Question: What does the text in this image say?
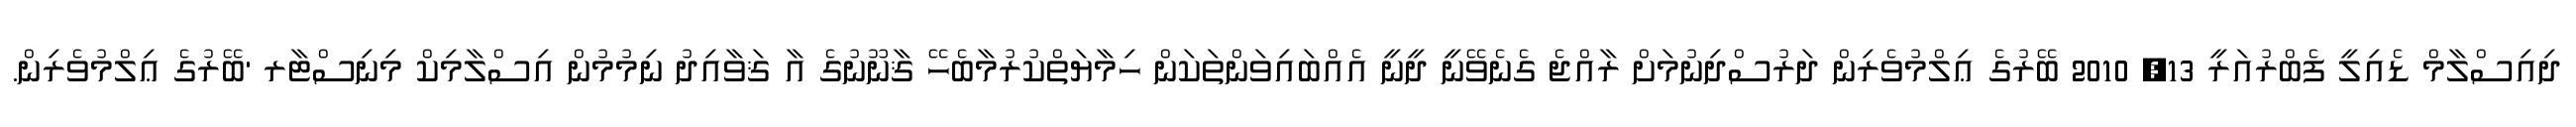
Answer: ދިއިސްލާމް ޑެއިލީ ފެބްރުއަރީ 13, 2010 ބޭރުގެ ޢިލްމުވެރިން ދަރުސްދިނުމަށް ރާއްޖެ ގެނެވޭނީ ދީނީ އެއްބައިވަންތަކަން ހިމާޔަތްކުރުމާބެހޭ ޤާނޫނުގެ އާ ޤަވާއިދު ނިމުމުން އިސްލާމިކް މިނިސްޓާރ 'ބޭރުގެ ޢިލްމުވެރިން.